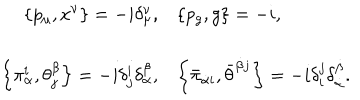
LaTeX: \begin{array} { r l } { { { \displaystyle \left\{ p _ { \mu } , x ^ { \nu } \right\} = - i \delta _ { \mu } ^ { \nu } , } } } & { { { \displaystyle \left\{ p _ { g } , g \right\} = - i , } } } \\ { { { \displaystyle \left\{ \pi _ { \alpha } ^ { i } , \theta _ { j } ^ { \beta } \right\} = - i \delta _ { j } ^ { i } \delta _ { \alpha } ^ { \beta } , } } } & { { { \displaystyle \left\{ \bar { \pi } _ { \dot { \alpha } i } , \bar { \theta } ^ { \dot { \beta } j } \right\} = - i \delta _ { i } ^ { j } \delta _ { \dot { \alpha } } ^ { \dot { \beta } } . } } } \\ \end{array}